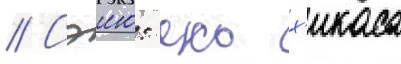
// Сэию: еко х'икаса